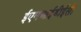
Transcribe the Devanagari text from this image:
ईएमआईडीईसी